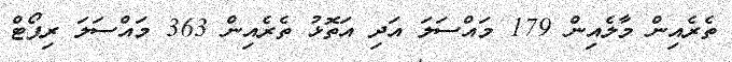
ތެރެއިން މާލެއިން 179 މައްސަލަ އަދި އަތޮޅު ތެރެއިން 363 މައްސަލަ ރިޕޯޓް